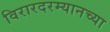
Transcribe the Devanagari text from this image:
विरारदरम्यानच्या